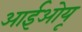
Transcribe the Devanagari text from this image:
आईओयू